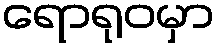
ရောရုဝမှာ